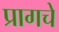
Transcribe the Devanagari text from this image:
प्रागचे